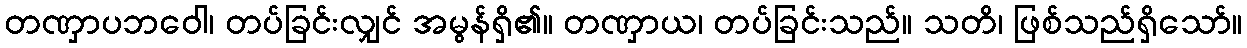
တဏှာပဘဝေါ၊ တပ်ခြင်းလျှင် အမွန်ရှိ၏။ တဏှာယ၊ တပ်ခြင်းသည်။ သတိ၊ ဖြစ်သည်ရှိသော်။